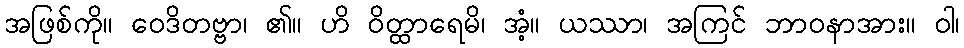
အဖြစ်ကို။ ဝေဒိတဗ္ဗာ၊ ၏။ ဟိ ဝိတ္ထာရေမိ၊ အံ့။ ယဿာ၊ အကြင် ဘာဝနာအား။ ဝါ၊